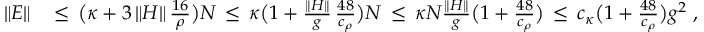
\begin{array} { r l } { \| E \| } & { \, \leq \, \big ( \kappa + 3 \, \| H \| \, \frac { 1 6 } { \rho } \big ) N \, \leq \, \kappa \big ( 1 + \frac { \| H \| } { g } \, { \frac { 4 8 } { c _ { \rho } } } \big ) N \, \leq \, \kappa N \frac { \| H \| } { g } { \big ( 1 + \frac { 4 8 } { c _ { \rho } } \big ) } \, \leq \, c _ { \kappa } { \big ( 1 + \frac { 4 8 } { c _ { \rho } } \big ) } g ^ { 2 } \; , } \end{array}